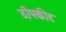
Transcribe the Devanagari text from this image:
दीपकीट